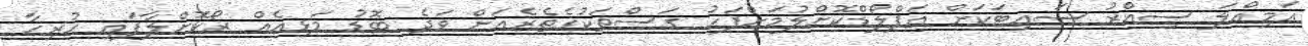
އަމިއްލަ ސިއްރު ސައިޓަކަށް އަޕްލޯޑްކޮށްލުމަށްފަހު ގަސްތަކުގެތެރެއަށް ވަދެ ބޮޑު މަޅިއެއް ރޯކޮށްލާފައި ހުރިހާ